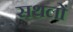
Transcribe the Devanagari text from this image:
सथलों